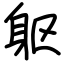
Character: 躯